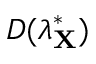
D ( \boldsymbol { \lambda } _ { \mathbf { X } } ^ { * } )